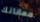
معاناتك